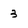
Character: 3